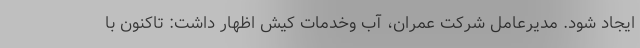
ایجاد شود. مدیرعامل شرکت عمران، آب وخدمات کیش اظهار داشت: تاکنون با